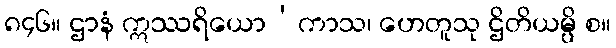
၈၄၆။ ဌာနံ ဣဿရိယော’ကာသ၊ ဟေတူသု ဌိတိယမ္ပိ စ။